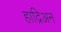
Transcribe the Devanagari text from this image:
हाद्रिअन